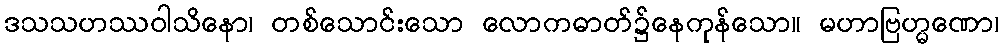
ဒသသဟဿဝါသိနော၊ တစ်သောင်းသော လောကဓာတ်၌နေကုန်သော။ မဟာဗြဟ္မဏော၊